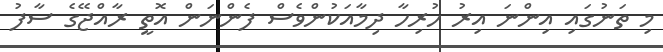
މި ތަނުގައި އިންނަ އިރު ހުރިހާ ދިމާއަކުންވެސް ފެންނަން އޮތީ ރާއްޖޭގެ ސާފު